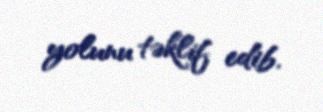
yolunu təklif edib.